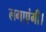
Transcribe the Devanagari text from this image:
लगाएंगी।